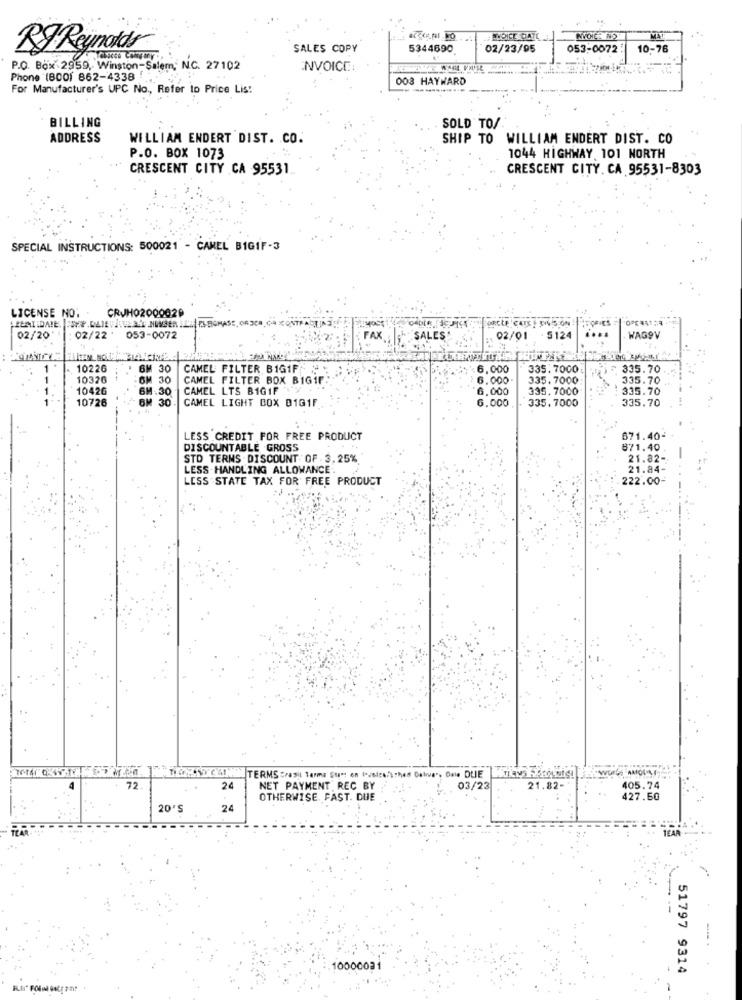
NOCE NO
RJ Reynolds
SALES COPY
5344690
02/23/95
053-0072
10-76
P.O. Box 2959, Winston-Salem, NC. 27102
INVOICE:
Phone (B001 862-4338 !
003 HAYWARD
For Manufacturer's UPC No ., Refer to Price Lis:
BILLING
SOLD TO/
ADDRESS
WILLIAM ENDERT DIST. CO.
SHIP TO WILLIAM ENDERT DIST. CO
P.O. BOX 1073
1044 HIGHWAY 101 NORTH
CRESCENT CITY CA 95531
CRESCENT CITY, CA 95531-8303
SPECIAL INSTRUCTIONS: 500021 - CAMEL BIGIF-3
LICENSE NO.
CRJH0200002
becte Cars!
02/20'
02/22'
053-0072
FAX
SALES
02/01
5124
WAG9V
1022G
6M 30
CAMEL FILTER BIGIF >
6,000
335.7000
335.70
10326
OM 30
CAMEL FILTER BOX BIGIF
6.000
335. 7000
335.70
1042G
1.30
CAMEL LTS BIGIF
6.000
335.7000
335.70
10726
BM 30
CAMEL LIGHT BOX D1G1F
6.000
335.7000
335.70
LESS CREDIT FOR FREE PRODUCT
671.40-
DISCOUNTABLE GROSS
871.40
STD TERMS . DISCOUNT OF . 3, 25%
21.82-
LESS-HANDLING ALLOWANCE.
21.84-
LESS STATE TAX FOR FREE PRODUCT
222.00
TERMS crasit terme Start on Iceice/sthes Calive", Dale DUJE
72
24
NET PAYMENT REC BY
03/23
21.82-
405.74
OTHERWISE FAST. DUE
427.60
20'S 24
10000031
51797 9314